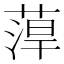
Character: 𱾈